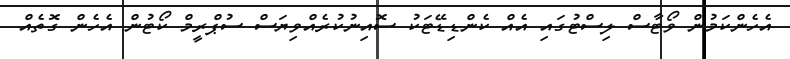
އެހެންކަމުން ވޯޓާސް ލިސްޓުގައި އެއް ކެންޑިޑޭޓަކު ސޮއިނުކުރެއްވިޔަސް ސުޕްރީމް ކޯޓުން އެހެން ގޮތެއް